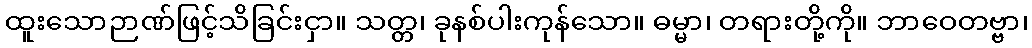
ထူးသောဉာဏ်ဖြင့်သိခြင်းငှာ။ သတ္တ၊ ခုနစ်ပါးကုန်သော။ ဓမ္မာ၊ တရားတို့ကို။ ဘာဝေတဗ္ဗာ၊